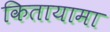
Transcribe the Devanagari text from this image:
कितायामा